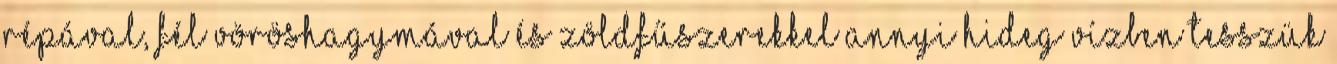
répával, fél vöröshagymával és zöldfűszerekkel annyi hideg vízben tesszük